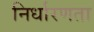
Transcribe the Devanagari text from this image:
निर्धारणता